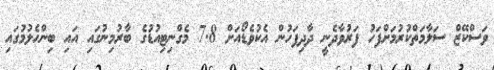
ވަސްކޭޒް ސަލާމަތްކުރުމަށްފަހު ފަރުވާދެނީ ދާދިފަހުން އެކުވެޑޯއަށް 7.8 މެގްނިޓިއުޑުގެ ބާރުމިނުގައި އައި ބިންހެލުމުގައި